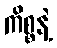
ကိစ္စနဲ့